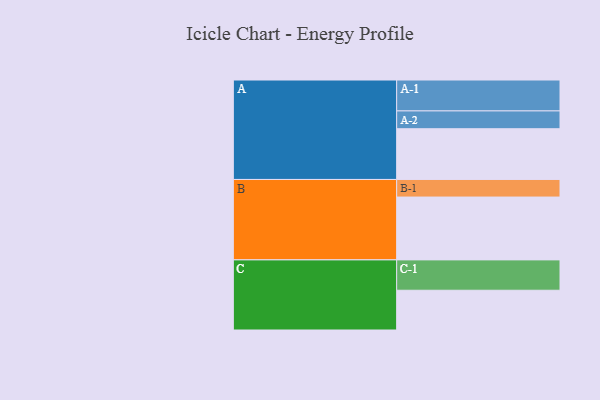
{"axis": {"x": "Segment", "y": "Value"}, "legend": ["", "A", "B", "C"], "data": [{"x": "A", "y": 453, "type": ""}, {"x": "B", "y": 561, "type": ""}, {"x": "C", "y": 355, "type": ""}, {"x": "A-1", "y": 276, "type": "A"}, {"x": "A-2", "y": 159, "type": "A"}, {"x": "B-1", "y": 157, "type": "B"}, {"x": "C-1", "y": 271, "type": "C"}]}